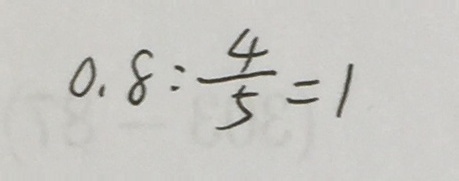
0 . 8 : \frac { 4 } { 5 } = 1